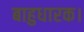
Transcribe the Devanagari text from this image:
बाहुधारक।